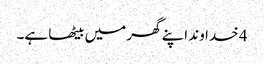
4 خدا وند اپنے گھر میں بیٹھا ہے۔